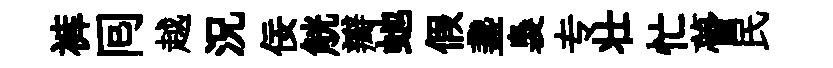
裤囘越況佞觥瓣虵假盞裊专壮忙瞢民